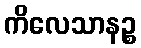
ကိလေသာနဉ္စ